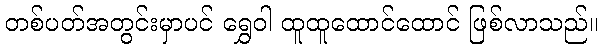
တစ်ပတ်အတွင်းမှာပင် ရွှေဝါ ထူထူထောင်ထောင် ဖြစ်လာသည်။